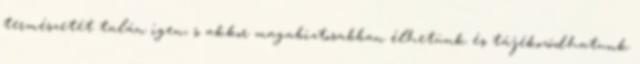
természetét talán igen, s akkor magabiztosabban élhetünk és tájékozódhatunk